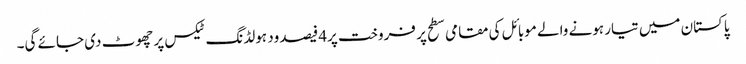
پاکستان میں تیار ہونے والے موبائل کی مقامی سطح پر فروخت پر4فیصد ود ہولڈنگ ٹیکس پر چھوٹ دی جائے گی۔